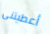
أعطيتنى